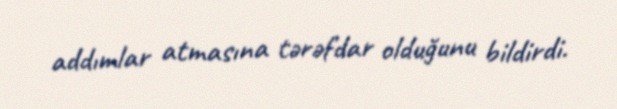
addımlar atmasına tərəfdar olduğunu bildirdi.